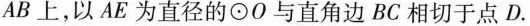
AB上，以AE为直径的⊙O与直角边BC相切于点D.